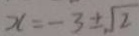
x = - 3 \pm \sqrt { 2 }